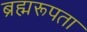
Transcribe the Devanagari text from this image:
ब्रह्मरूपता